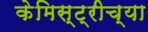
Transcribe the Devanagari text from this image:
केमिस्ट्रीच्या